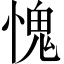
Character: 愧